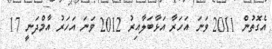
އެގޮތުން 2011 ވަނަ އަހަރާ އަޅާބަލާއިރު 2012 ވަނަ އަހަރު އާމްދަނީ 17